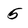
Character: 5